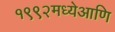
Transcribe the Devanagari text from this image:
१९९२मध्येआणि